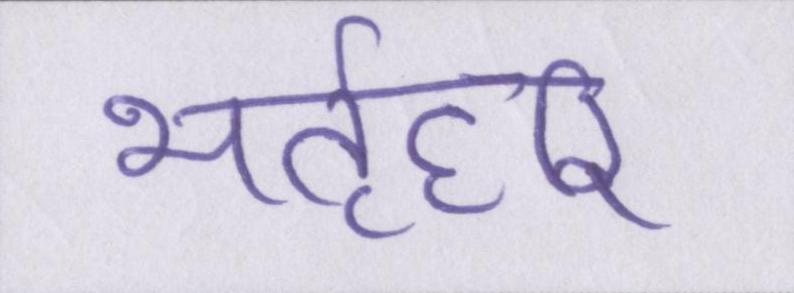
भर्तृहरि